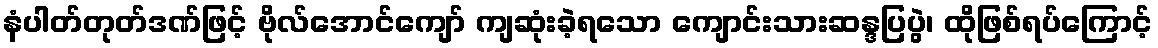
နံပါတ်တုတ်ဒဏ်ဖြင့် ဗိုလ်အောင်ကျော် ကျဆုံးခဲ့ရသော ကျောင်းသားဆန္ဒပြပွဲ၊ ထိုဖြစ်ရပ်ကြောင့်